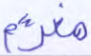
مغرم